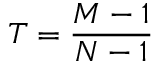
T = \frac { M - 1 } { N - 1 }